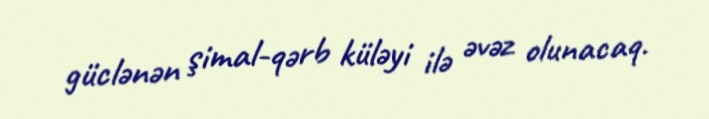
güclənən şimal-qərb küləyi ilə əvəz olunacaq.